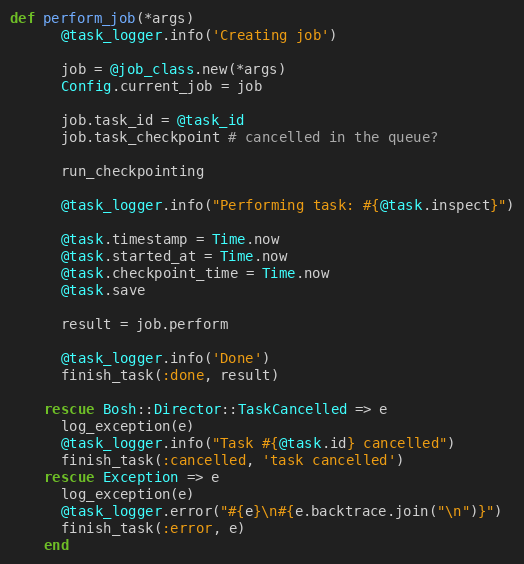
Language: Ruby
def perform_job(*args)
      @task_logger.info('Creating job')

      job = @job_class.new(*args)
      Config.current_job = job

      job.task_id = @task_id
      job.task_checkpoint # cancelled in the queue?

      run_checkpointing

      @task_logger.info("Performing task: #{@task.inspect}")

      @task.timestamp = Time.now
      @task.started_at = Time.now
      @task.checkpoint_time = Time.now
      @task.save

      result = job.perform

      @task_logger.info('Done')
      finish_task(:done, result)

    rescue Bosh::Director::TaskCancelled => e
      log_exception(e)
      @task_logger.info("Task #{@task.id} cancelled")
      finish_task(:cancelled, 'task cancelled')
    rescue Exception => e
      log_exception(e)
      @task_logger.error("#{e}\n#{e.backtrace.join("\n")}")
      finish_task(:error, e)
    end